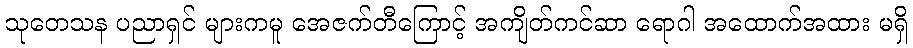
သုတေသန ပညာရှင် များကမူ အေဇက်တီကြောင့် အကျိတ်ကင်ဆာ ရောဂါ အထောက်အထား မရှိ